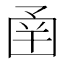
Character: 圅